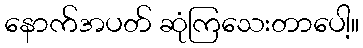
နောက်အပတ် ဆုံကြသေးတာပေါ့။